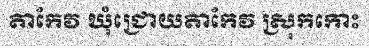
តាកែវ ឃុំជ្រោយតាកែវ ស្រុកកោះ